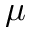
\mu